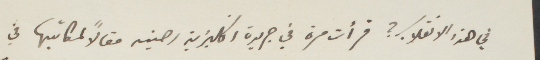
في هذا الانقلاب؟ قرأت مرة في جريدة  انكليزية رصينه مقالًا لكاتبها في